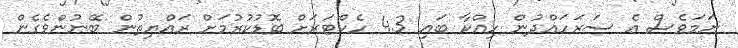
ނަމަވެސް އެ ސަރަހައްދުން ހިއްކާ ބައި 4.3 ހެކްޓަރަށް ބޮޑުކުރުމަށް ރައްޔިތުން ބޭނުންވެގެން